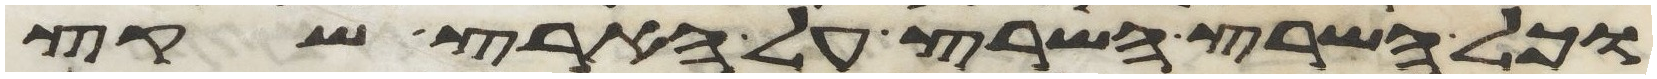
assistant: וכל השרץ השרץ על הארץ שקץ